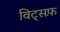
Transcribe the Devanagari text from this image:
विट्सफ़